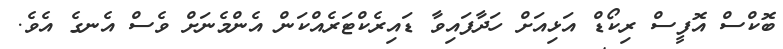
ބޮކްސް އޮފީސް ރިކޯޑް އަޅިއަށް ހަދާފައިވާ ޑައިރެކްޓަރެއްކަން އެންމެނަށް ވެސް އެނގެ އެވެ.